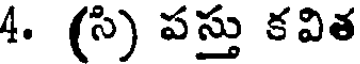
4. (సి) పస్తు కవిత